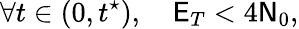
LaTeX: \forall t\in(0,t^{\star}),\quad\mathsf{E}_{T}<4\mathsf{N}_{0},